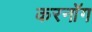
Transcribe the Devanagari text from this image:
करनॉग